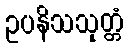
ဥပနိသသုတ္တံ